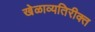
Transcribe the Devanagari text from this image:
खेळाव्यतिरीक्त